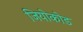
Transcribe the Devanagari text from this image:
जियोकोड